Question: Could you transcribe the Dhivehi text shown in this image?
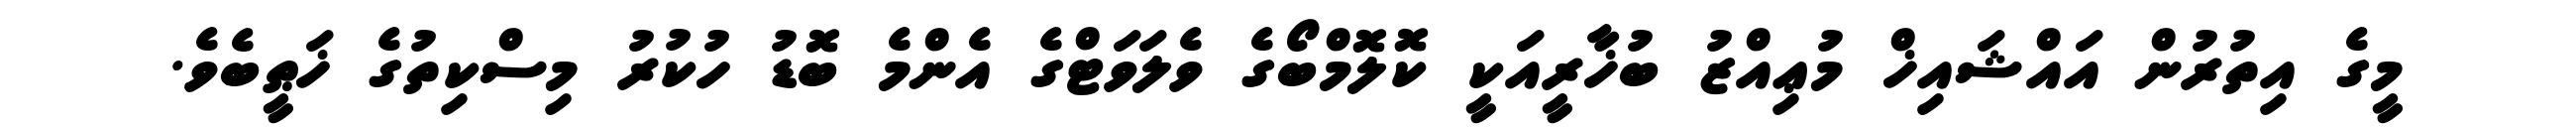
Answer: މީގެ އިތުރުން އައްޝައިޚް މުޢިއްޒު ބުޚާރީއަކީ ކޮލޮމްބޯގެ ވެލަވަޓްގެ އެންމެ ބޮޑު ހުކުރު މިސްކިތުގެ ޚަޠީބެވެ.